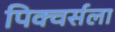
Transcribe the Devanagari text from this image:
पिक्चर्सला